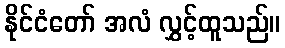
နိုင်ငံတော် အလံ လွှင့်ထူသည်။